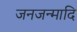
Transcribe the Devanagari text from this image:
जनजन्मादि